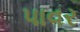
પાવર